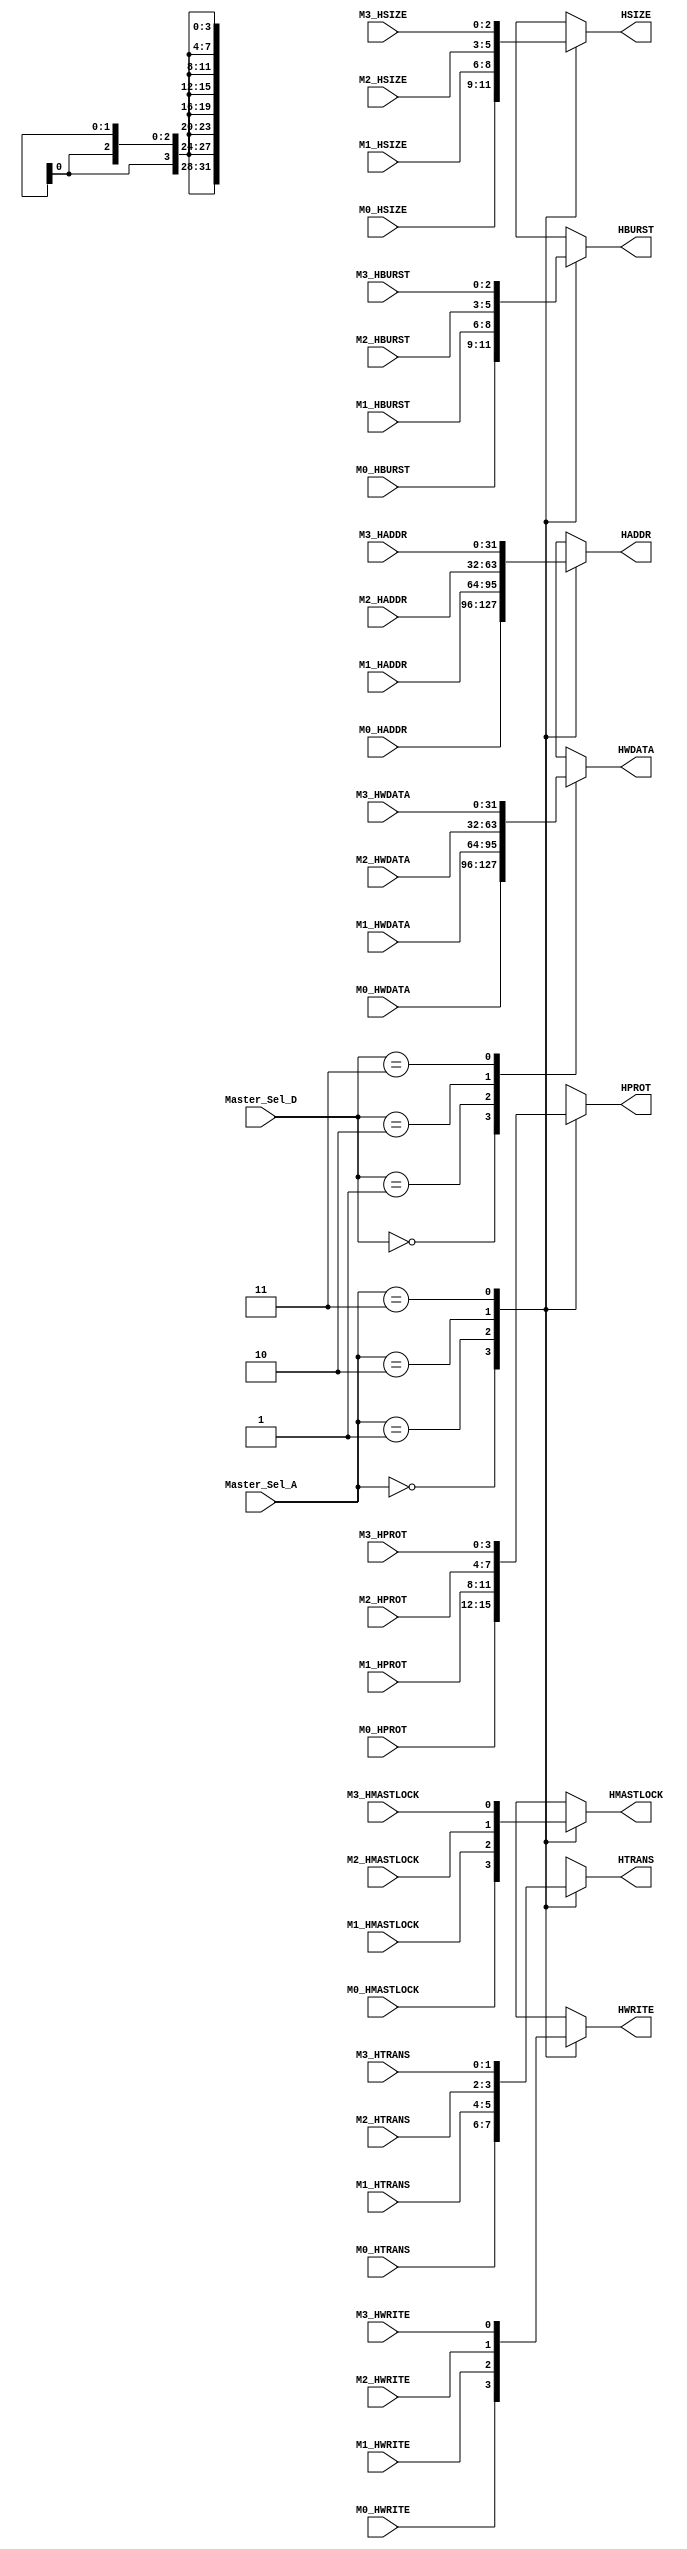
module m2s_mux(    
    input [1:0]       Master_Sel_A,
    input [1:0]       Master_Sel_D,

    //Master0
    input [31:0]      M0_HADDR,
    input [2:0]       M0_HBURST,
    input             M0_HMASTLOCK,
    input [3:0]       M0_HPROT,
    input [2:0]       M0_HSIZE,
    input [1:0]       M0_HTRANS,
    input [31:0]      M0_HWDATA,
    input             M0_HWRITE,
    //Master1
    input [31:0]      M1_HADDR,
    input [2:0]       M1_HBURST,
    input             M1_HMASTLOCK,
    input [3:0]       M1_HPROT,
    input [2:0]       M1_HSIZE,
    input [1:0]       M1_HTRANS,
    input [31:0]      M1_HWDATA,
    input             M1_HWRITE,
    //Master2
    input [31:0]      M2_HADDR,
    input [2:0]       M2_HBURST,
    input             M2_HMASTLOCK,
    input [3:0]       M2_HPROT,
    input [2:0]       M2_HSIZE,
    input [1:0]       M2_HTRANS,
    input [31:0]      M2_HWDATA,
    input             M2_HWRITE,
    //Master3
    input [31:0]      M3_HADDR,
    input [2:0]       M3_HBURST,
    input             M3_HMASTLOCK,
    input [3:0]       M3_HPROT,
    input [2:0]       M3_HSIZE,
    input [1:0]       M3_HTRANS,
    input [31:0]      M3_HWDATA,
    input             M3_HWRITE,

    //output signals
    output reg [31:0] HADDR,
    output reg [2:0]  HBURST,
    output reg        HMASTLOCK,
    output reg [3:0]  HPROT,
    output reg [2:0]  HSIZE,
    output reg [1:0]  HTRANS,
    output reg [31:0] HWDATA,
    output reg        HWRITE
);

always @* begin
    case(Master_Sel_A)
        2'b00:begin
            HADDR     = M0_HADDR;
            HBURST    = M0_HBURST;
            HMASTLOCK = M0_HMASTLOCK;
            HPROT     = M0_HPROT;
            HSIZE     = M0_HSIZE;
            HTRANS    = M0_HTRANS;
            HWRITE    = M0_HWRITE;
        end
        2'b01:begin
            HADDR     = M1_HADDR;
            HBURST    = M1_HBURST;
            HMASTLOCK = M1_HMASTLOCK;
            HPROT     = M1_HPROT;
            HSIZE     = M1_HSIZE;
            HTRANS    = M1_HTRANS;
            HWRITE    = M1_HWRITE;
        end
        2'b10:begin
            HADDR     = M2_HADDR;
            HBURST    = M2_HBURST;
            HMASTLOCK = M2_HMASTLOCK;
            HPROT     = M2_HPROT;
            HSIZE     = M2_HSIZE;
            HTRANS    = M2_HTRANS;
            HWRITE    = M2_HWRITE;
        end
        2'b11:begin
            HADDR     = M3_HADDR;
            HBURST    = M3_HBURST;
            HMASTLOCK = M3_HMASTLOCK;
            HPROT     = M3_HPROT;
            HSIZE     = M3_HSIZE;
            HTRANS    = M3_HTRANS;
            HWRITE    = M3_HWRITE;
        end
        default:begin
            HADDR     = M0_HADDR;
            HBURST    = M0_HBURST;
            HMASTLOCK = M0_HMASTLOCK;
            HPROT     = M0_HPROT;
            HSIZE     = M0_HSIZE;
            HTRANS    = M0_HTRANS;
            HWRITE    = M0_HWRITE;
        end
    endcase
end

always @* begin
    case(Master_Sel_D)
        2'b00:begin
            HWDATA = M0_HWDATA;
        end
        2'b01:begin
            HWDATA = M1_HWDATA;
        end
        2'b10:begin
            HWDATA = M2_HWDATA;
        end
        2'b11:begin
            HWDATA = M3_HWDATA;
        end
        default:begin
            HWDATA = M0_HWDATA;
        end
    endcase
end

endmodule